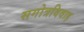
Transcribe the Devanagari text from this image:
सगोत्रविवाह